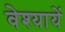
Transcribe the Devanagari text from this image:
वेश्यायें